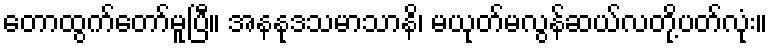
တောထွက်တော်မူပြီ။ အနနုဒသမာသာနိ၊ မယုတ်မလွန်ဆယ်လတို့ပတ်လုံး။